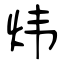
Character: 炜